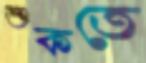
শুকতে